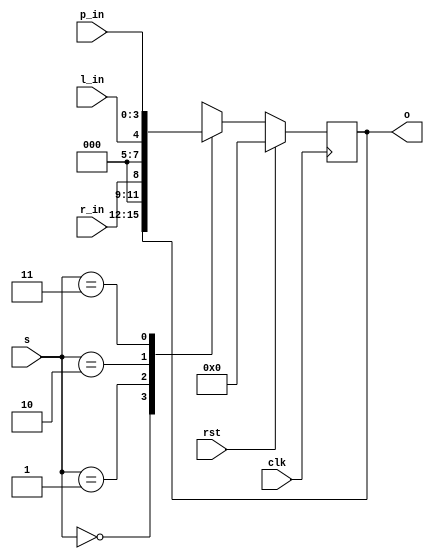
module unisr(output [3:0] o,input [3:0] p_in,
input [1:0] s,input rst,input l_in,input r_in,
input clk);
reg [3:0]o;
always@(posedge clk)
begin
if(rst==1)
o=0;
else
case(s)
2'b00:o=o;
2'b01:o=r_in;
2'b10:o=l_in;
2'b11:o=p_in;
endcase
end
endmodule